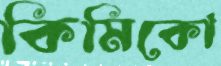
কিমিকো